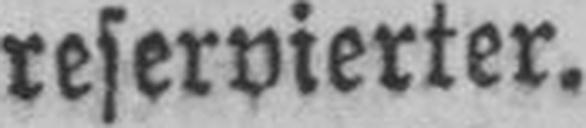
reservierter.